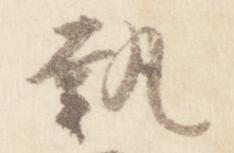
執